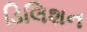
ડિલિશન